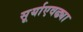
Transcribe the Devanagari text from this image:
सूर्याएवढ्या